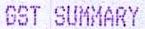
GST SUMMARY